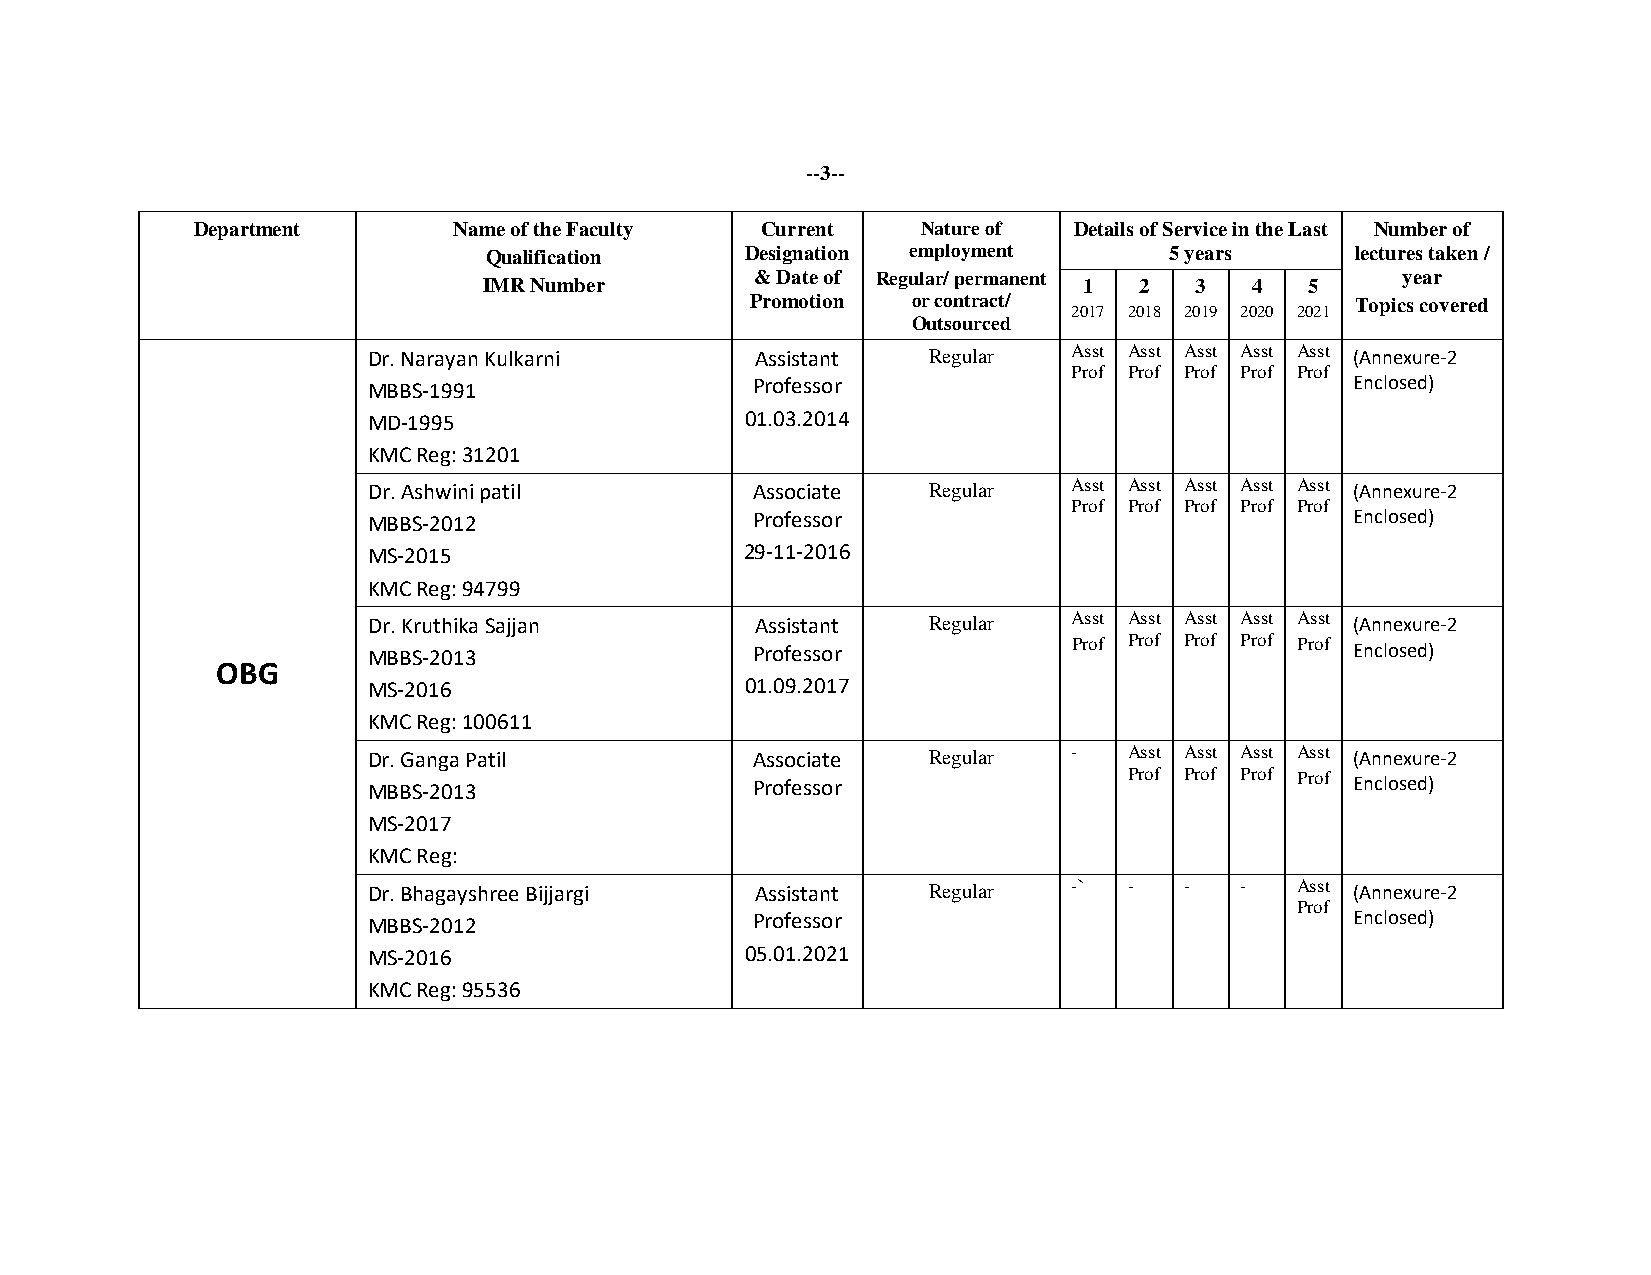
--3--
 Department       Name of the Faculty Current    Nature of Details of Service in the Last Number of
 Qualification    Designation employment      5 years      lectures taken /
 & Date of Regular/ permanent               year
 IMR Number                              1  2   3   4   5
 Promotion or contract/
 2017 2018 2019 2020 2021
 Topics covered
 Outsourced
 Dr. Narayan Kulkarni      Assistant  Regular   Asst Asst Asst Asst Asst (Annexure-2
 Prof Prof Prof Prof Prof
 MBBS-1991                 Professor                               Enclosed)
 MD-1995                  01.03.2014
 KMC Reg: 31201
 Dr. Ashwini patil         Associate  Regular   Asst Asst Asst Asst Asst (Annexure-2
 Prof Prof Prof Prof Prof
 MBBS-2012                 Professor                               Enclosed)
 MS-2015                  29-11-2016
 KMC Reg: 94799
 Dr. Kruthika Sajjan       Assistant  Regular   Asst Asst Asst Asst Asst (Annexure-2
 MBBS-2013                 Professor            Prof Prof Prof Prof Prof Enclosed)
 OBG
 MS-2016                  01.09.2017
 KMC Reg: 100611
 Dr. Ganga Patil           Associate  Regular   -   Asst Asst Asst Asst (Annexure-2
 MBBS-2013                 Professor                Prof Prof Prof Prof Enclosed)
 MS-2017
 KMC Reg:
 Dr. Bhagayshree Bijjargi  Assistant  Regular   -`  -  -   -   Asst (Annexure-2
 Prof
 MBBS-2012                 Professor                               Enclosed)
 MS-2016                  05.01.2021
 KMC Reg: 95536